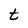
Character: t